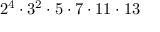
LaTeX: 2 ^ { 4 } \cdot 3 ^ { 2 } \cdot 5 \cdot 7 \cdot 1 1 \cdot 1 3